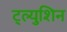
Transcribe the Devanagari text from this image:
ट्ल्युशिन